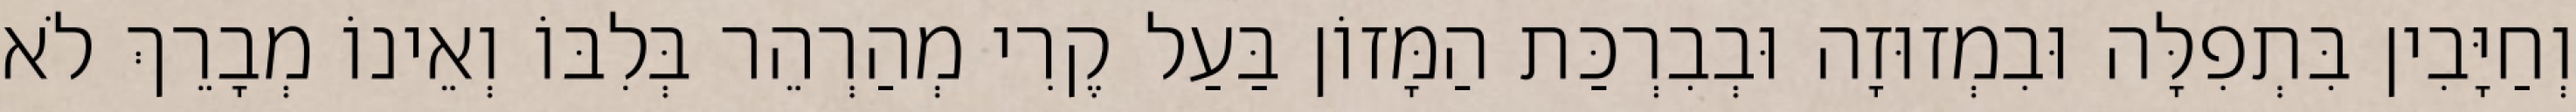
וְחַיָּבִין בִּתְפִלָּה וּבִמְזוּזָה וּבְבִרְכַּת הַמָּזוֹן בַּעַל קֶרִי מְהַרְהֵר בְּלִבּוֹ וְאֵינוֹ מְבָרֵךְ לֹא